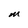
Character: M